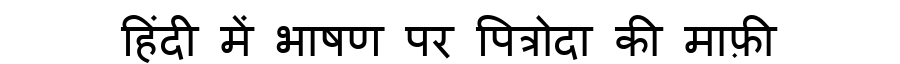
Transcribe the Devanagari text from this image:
हिंदी में भाषण पर पित्रोदा की माफ़ी